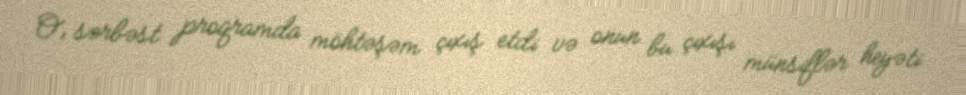
O, sərbəst proqramda möhtəşəm çıxış etdi və onun bu çıxışı münsiflər heyəti